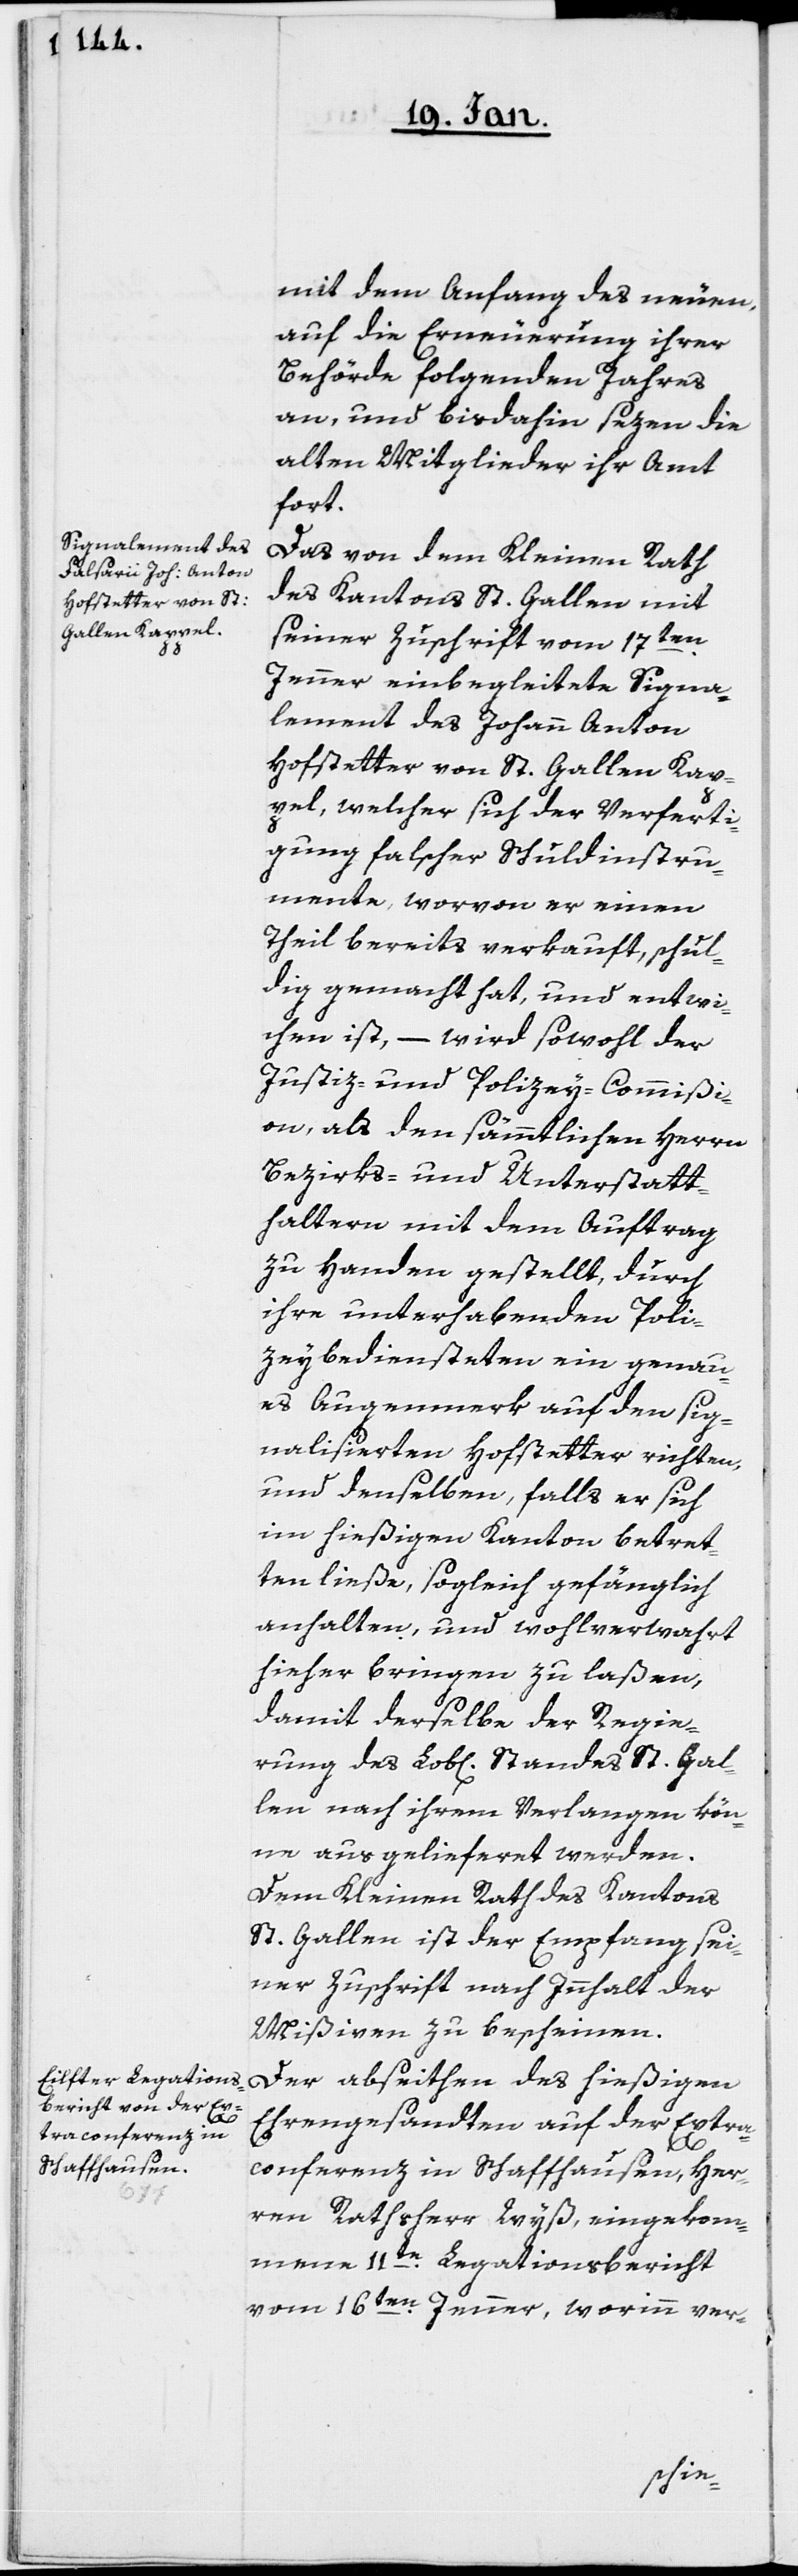
mit dem Anfang des neuen,
auf die Erneuerung ihrer
Behörde folgenden Jahres
an, und bisdahin sezen die
alten Mitglieder ihr Amt
fort.
Das von dem Kleinen Rath
des Kantons St. Gallen mit
seiner Zuschrift vom 17ten.
Jenner einbegleitete Signa¬
lement des Johann Anton
Hofstetter von St. Gallen Kap¬
pel, welcher sich der Verferti¬
gung falscher Schuldinstru¬
mente, worvon er einen
Theil bereits verkauft, schul¬
dig gemacht hat, und entwi¬
chen ist, – wird sowohl der
Justiz- und Polizey-Commißi¬
on, als den sämmtlichen Herren
Bezirks- und Unterstatt¬
haltern mit dem Auftrag
zu Handen gestellt, durch
ihre unterhabenden Poli¬
zeybediensteten ein genau¬
es Augenmerk auf den sig¬
nalisierten Hofstetter richten,
und denselben, falls er sich
im hießigen Kanton betret¬
ten ließe, sogleich gefänglich
anhalten, und wohlverwahrt
hieher bringen zu laßen,
damit derselbe der Regie¬
rung des Lob[lichen] Standes St. Gal¬
len nach ihrem Verlangen kön¬
ne ausgelieferet werden.
Dem Kleinen Rath des Kantons
St. Gallen ist der Empfang sei¬
ner Zuschrift nach Innhalt der
Mißiven zu bescheinen.
Der abseithen des hießigen
Ehrengesandten auf der Extra¬
conferenz in Schaffhausen, Her¬
ren Rathsherr Wyß, eingekom¬
mene 11te. Legationsbericht
vom 16ten. Jenner, worinn ver-